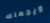
ويجعلك